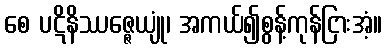
စေ ပဋိနိဿဇ္ဇေယျုံ၊ အကယ်၍စွန့်ကုန်ငြားအံ့။